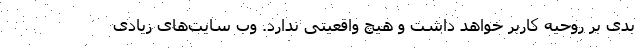
بدی بر روحیه کاربر خواهد داشت و هیچ واقعیتی ندارد. وب سایت‌های زیادی